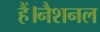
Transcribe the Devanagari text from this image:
हैं।नैशनल